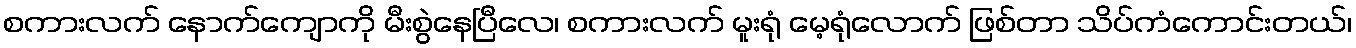
စကားလက် နောက်ကျောကို မီးစွဲနေပြီလေ၊ စကားလက် မူးရုံ မေ့ရုံလောက် ဖြစ်တာ သိပ်ကံကောင်းတယ်၊